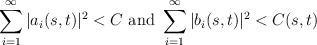
LaTeX: \begin{align*}\sum_{i=1}^\infty |a_i(s,t)|^2 < C \mbox{ and } \sum_{i=1}^\infty|b_i(s,t)|^2 < C (s,t)\end{align*}